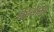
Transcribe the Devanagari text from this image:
ग्रहयोगों